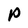
Character: P